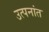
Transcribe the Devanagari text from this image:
उत्पनांत